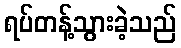
ရပ်တန့်သွားခဲ့သည်